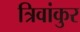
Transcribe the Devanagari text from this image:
त्रिवांकुर